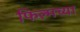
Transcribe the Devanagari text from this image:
फिल्मच्या